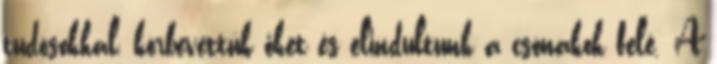
tudósokkal, körbevettük őket és elindultunk a csónakok felé. A